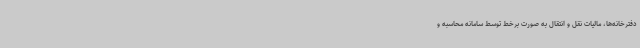
دفترخانه‌ها، مالیات نقل و انتقال به صورت برخط توسط سامانه محاسبه و